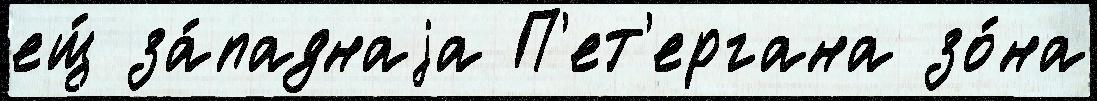
ещ́ за́паднаjа П'ет'ергана зо́на